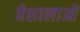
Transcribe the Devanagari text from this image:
वेशालाओं